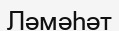
Ләмәһәт